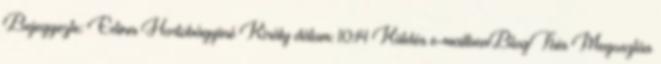
Bejegyezte: Edina Hortobágyiné Király dátum: 10:14 Küldés e-mailbenBlogThis Megosztás